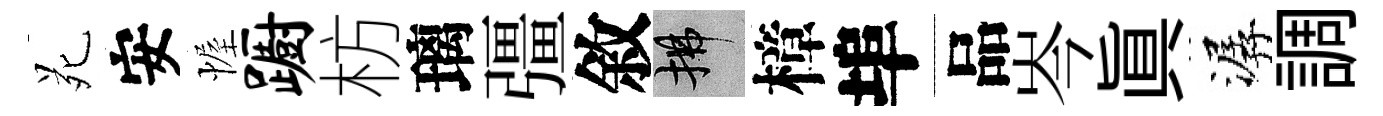
苑安幄蹰枋璃彊敘拂樟埠品岑眞潺調